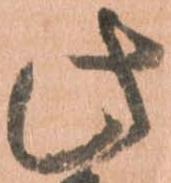
此